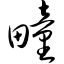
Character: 疃